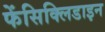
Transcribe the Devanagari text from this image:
फेंसिक्लिडाइन